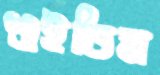
শুইতিস